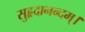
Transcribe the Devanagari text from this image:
सुहृदानन्दम्‌।